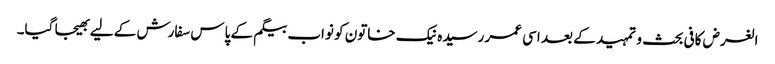
الغرض کافی بحث و تمہید کے بعد اسی عمر رسیدہ نیک خاتون کو نواب بیگم کے پاس سفارش کے لیے بھیجا گیا۔